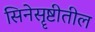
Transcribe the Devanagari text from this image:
सिनेसॄष्टीतील